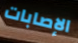
الإصابات